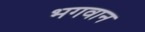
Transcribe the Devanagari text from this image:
भ्‍ागवान